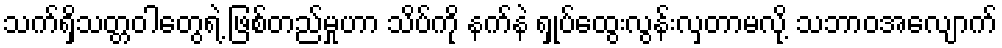
သက်ရှိသတ္တဝါတွေရဲ့ ဖြစ်တည်မှုဟာ သိပ်ကို နက်နဲ ရှုပ်ထွေးလွန်းလှတာမလို့ သဘာဝအလျောက်